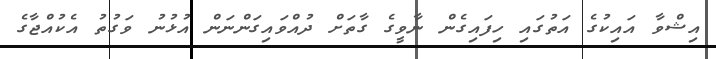
އިޝްވާ އައިކުގެ އަތުގައި ހިފައިގެން ނާވީގެ ގާތަށް ދުއްވައިގަންނަން އުޅުނު ވަގުތު އެކުއްޖާގެ